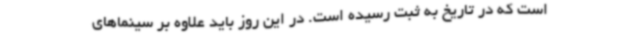
است که در تاریخ به ثبت رسیده است. در این روز باید علاوه بر سینماهای